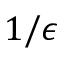
1 / \epsilon